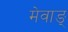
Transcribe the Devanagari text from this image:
मेवाङ्